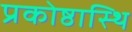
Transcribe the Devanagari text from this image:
प्रकोष्ठास्थि